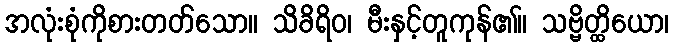
အလုံးစုံကိုစားတတ်သော။ သိခိရိဝ၊ မီးနှင့်တူကုန်၏။ သဗ္ဗိတ္ထိယော၊